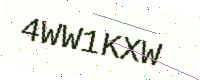
Text: 4WW1KXW